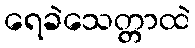
ရေခဲသေတ္တာထဲ